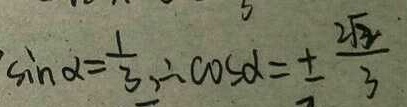
\sin \alpha = \frac { 1 } { 3 } , \therefore \cos \alpha = \pm \frac { 2 \sqrt { 2 } } { 3 }